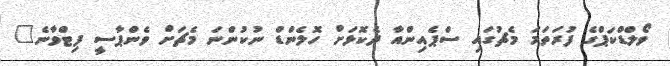
ވޯލްޑްކަޕްގެ ފުރަތަމަ މެޗުގައި ސްޕެއިންއާ ދެކޮޅަށް ހޮލެންޑް ނުކުންނަ މެޗަށް ވެންޕާސީ ފިޓްވާނެ"